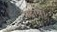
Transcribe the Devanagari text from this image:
पढाये।